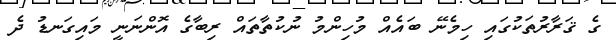
ގެ ޤަރާރުތަކުގައި ހިމެނޭ ބައެއް މުހިންމު ނުކުތާތައް ރިބާގެ އޮންނަނީ މައިގަނޑު ދެ